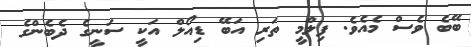
ބޭބެ ވެސް މެއެވެ. ފިލްމީ ތަރި އަބޭ ޑިއޯލް އަކީ ސަނީގެ ދެބެންގެ